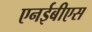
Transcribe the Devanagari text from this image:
एनईबीएस